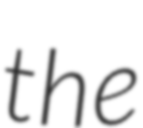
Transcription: the